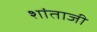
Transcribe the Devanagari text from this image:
शांताजी